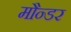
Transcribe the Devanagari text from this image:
मौन्डर